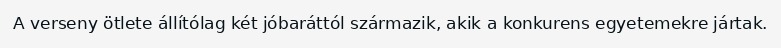
A verseny ötlete állítólag két jóbaráttól származik, akik a konkurens egyetemekre jártak.